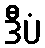
ဒီပံ